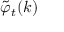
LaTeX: \tilde { \varphi } _ { t } ( k )